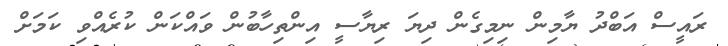
ރައީސް އަބްދު ޔާމިން ނިމިގެން ދިޔަ ރިޔާސީ އިންތިހާބުން ވައްކަން ކުރެއްވި ކަމަށް